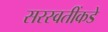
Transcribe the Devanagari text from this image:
सरस्वतींकडे